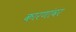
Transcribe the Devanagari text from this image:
कारणांवर